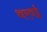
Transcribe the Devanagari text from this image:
थरवई